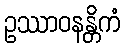
ဥဿာဝနန္တိကံ